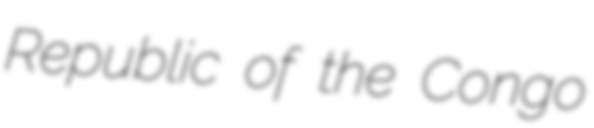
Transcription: Republic of the Congo